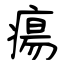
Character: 瘍